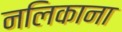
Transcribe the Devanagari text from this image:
नलिकाना